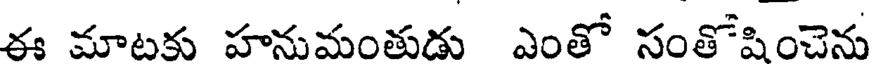
ఈ మాటకు హనుమంతుడు ఎంతో సంతోషించెను